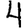
Digit: 4